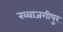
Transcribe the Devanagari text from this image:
ख्वाजगीपुर